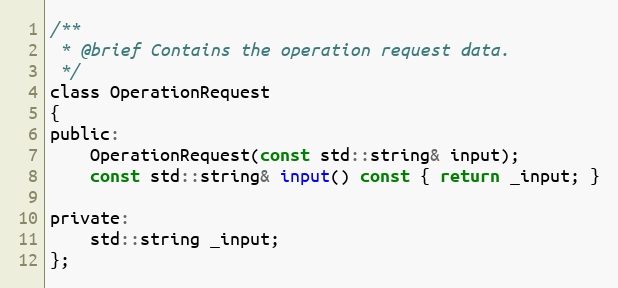
Language: C
/**
 * @brief Contains the operation request data.
 */
class OperationRequest
{
public:
    OperationRequest(const std::string& input);
    const std::string& input() const { return _input; }

private:
    std::string _input;
};